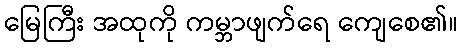
မြေကြီး အထုကို ကမ္ဘာဖျက်ရေ ကျေစေ၏။